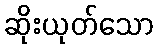
ဆိုးယုတ်သော